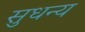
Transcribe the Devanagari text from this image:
सुधन्य